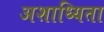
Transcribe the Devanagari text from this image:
अशाध्यिता